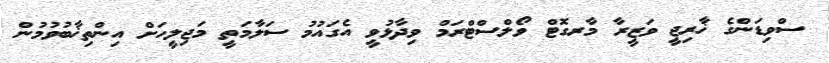
ސްވިޑަންގެ ޚާރިޖީ ވަޒީރާ މާރގޮޓް ވޯލްސްޓްރަމް ވިދާޅުވީ އެގައުމު ސަލާމަތީ މަޖިލީހަށް އިންތިޚާބުވުމުން